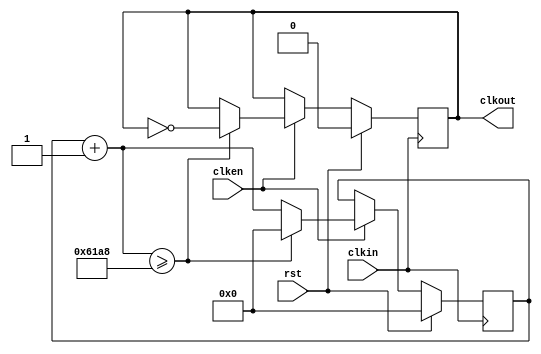
`timescale 1ns / 1ps
module clkgen(
    input clkin,
    input rst,
    input clken,
    output reg clkout
    );
    parameter clk_freq=1000;
    parameter countlimit=50000000/2/clk_freq; //
   //integer countlimit=8388;
   reg[31:0] clkcount;
   always @ (posedge clkin) 
    if(rst)
     begin
        clkcount=0;
        clkout=1'b0;
     end
    else
    begin
     if(clken)
        begin
            clkcount=clkcount+1;
            if(clkcount>=countlimit)
             begin
                clkcount=32'd0;
                clkout=~clkout;
             end
            else
                clkout=clkout;
         end
      else
        begin
             clkcount=clkcount;
             clkout=clkout;
        end
     end  
endmodule